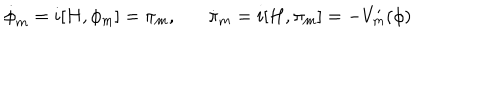
LaTeX: \dot { \phi } _ { m } = i [ H , \phi _ { m } ] = \pi _ { m } , \dot { \pi } _ { m } = i [ H , \pi _ { m } ] = - V _ { m } ^ { \prime } ( \phi )